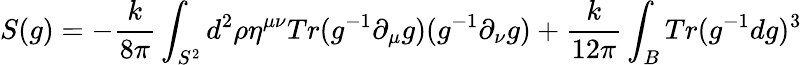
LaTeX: S(g)=-{\frac{k}{8\pi}}\int_{S^{2}}d^{2}\rho\eta^{\mu\nu}Tr(g^{-1}\partial_{\mu}g)(g^{-1}\partial_{\nu}g)+{\frac{k}{12\pi}}\int_{B}Tr(g^{-1}dg)^{3}